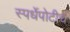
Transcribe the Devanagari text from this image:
स्पर्धेपोटीच